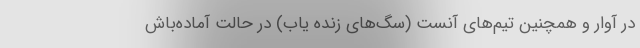
در آوار و همچنین تیم‌های آنست (سگ‌های زنده یاب) در حالت آماده‌باش